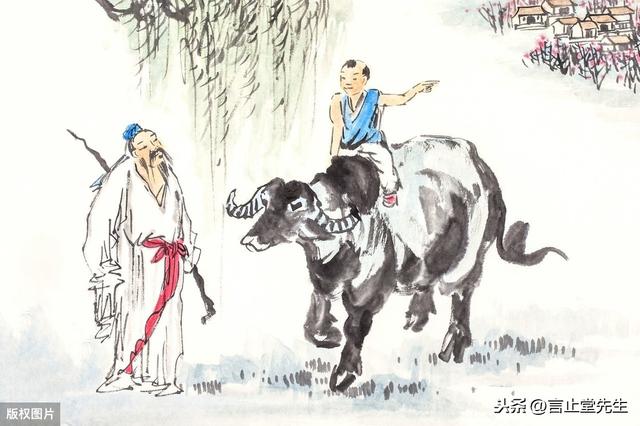
半夜呼儿趁晓耕，羸牛无力渐艰行。